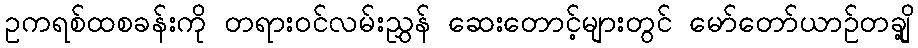
ဥကရစ်ထစခန်းကို တရားဝင်လမ်းညွှန် ဆေးတောင့်များတွင် မော်တော်ယာဉ်တချို့